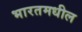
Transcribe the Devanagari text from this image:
भारतमधील